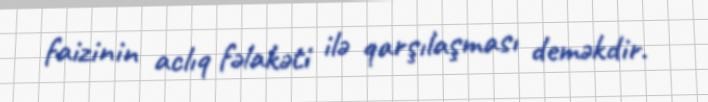
faizinin aclıq fəlakəti ilə qarşılaşması deməkdir.